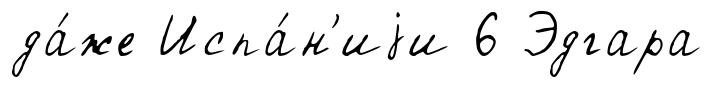
да́же Испа́н'иjи 6 Эдгара